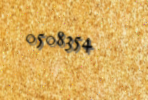
0508354